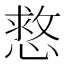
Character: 慦